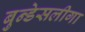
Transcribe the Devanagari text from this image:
बुन्डेसलीगा